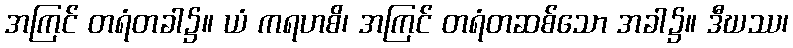
အကြင် တရံတခါ၌။ ယံ ကရဟစိ၊ အကြင် တရံတဆစ်သော အခါ၌။ ဒီဃဿ၊